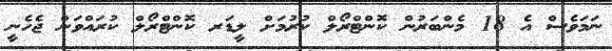
ނަމަވެސް އެ 18 މެންބަރުން ކޮންޓްރޯލް ކުރުމަށް ލީޑަރ ކޮންޓްރޯލް ކުރައްވަން ޖެހެނީ